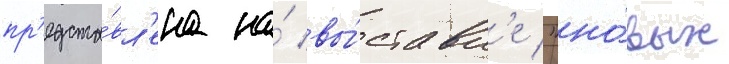
пр'едста́вл'ена на́ вы́ставк'е "но́вых